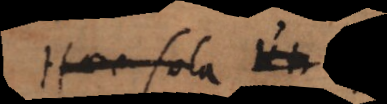
Haec sola